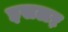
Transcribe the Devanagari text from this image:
इसलऱ़